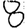
Digit: 8